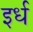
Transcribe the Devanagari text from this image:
इर्ध